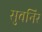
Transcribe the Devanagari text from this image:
सुवनिर